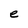
Character: e